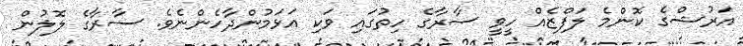
އަރުޝްގެ ކޮންމެ ލަފްޒެއް ހީވީ ސާރާގެ ހިތުގައި ވަކި އަޅަމުންދާހެންނެވެ. ސާރާގެ ލޮލުން